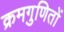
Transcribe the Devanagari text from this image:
क्रमगुणितों